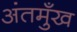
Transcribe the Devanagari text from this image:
अंतमुँख